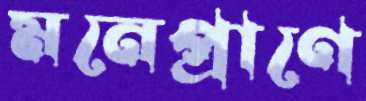
মনেপ্রাণে